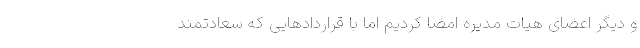
و دیگر اعضای هیات مدیره امضا کردیم اما با قراردادهایی که سعادتمند